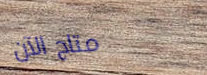
متاح الآن